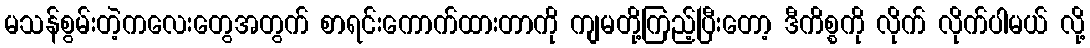
မသန်စွမ်းတဲ့ကလေးတွေအတွက် စာရင်းကောက်ထားတာကို ကျမတို့ကြည့်ပြီးတော့ ဒီကိစ္စကို လိုက် လိုက်ပါမယ် လို့